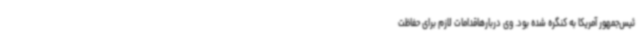
ئیس‌جمهور آمریکا به کنگره شده بود. وی دربارهاقدامات لازم برای حفاظت